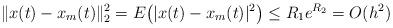
LaTeX: \begin{align*}\|x(t)-x_m(t)\|_2^2=E\big(|x(t)-x_m(t)|^2\big)\le R_1e^{R_2}=O(h^2)\end{align*}